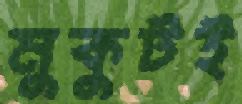
মুকুটই